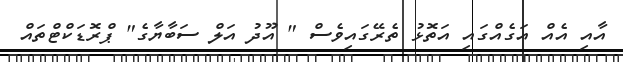
އާއި އެއް އަގެއްގައި އަތޮޅު ތެރޭގައިވެސް " އޫދު އަލް ސަބާޔާގެ" ޕްރޮޑަކްޓްތައް